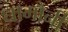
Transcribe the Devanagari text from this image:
धामौनी